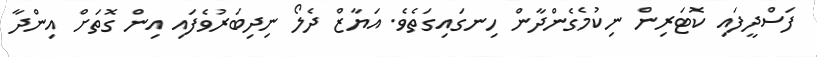
ފަސްދީފައި ކޮޓަރިން ނިކުމެގެންދާން ހިނގައިގަތެވެ. އަޔާޒް ދެލޯ ނިދިބަރުވެފައި އިން ގޮތަށް އިންދާ